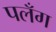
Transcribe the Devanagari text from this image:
पलँग